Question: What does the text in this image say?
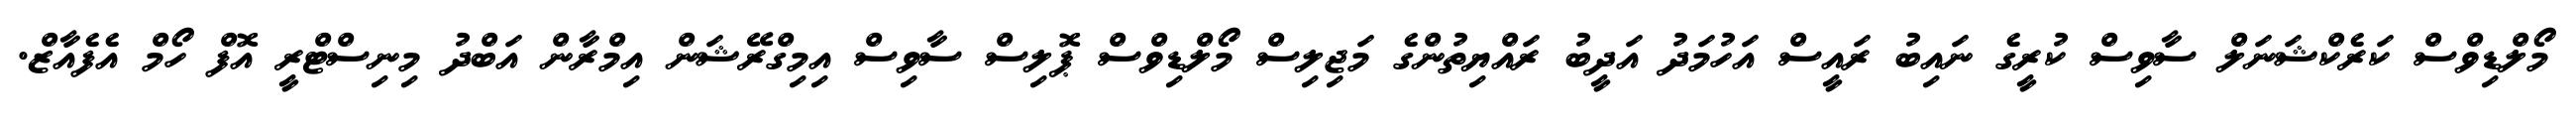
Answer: މޯލްޑިވްސް ކަރެކްޝަނަލް ސާވިސް ކުރީގެ ނައިބު ރައީސް އަހުމަދު އަދީބު ރައްޔިތުންގެ މަޖިލިސް މޯލްޑިވްސް ޕޮލިސް ސާވިސް އިމިގްރޭޝަން އިމްރާން އަބްދު މިނިސްޓްރީ އޮފް ހޯމް އެފެއާޒް.